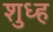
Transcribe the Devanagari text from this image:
शुध्ह